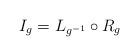
LaTeX: \begin{align*}I_{g}=L_{g^{-1}}\circ R_{g} \end{align*}